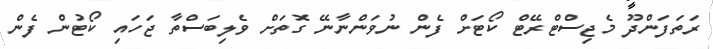
ރަތަފަންދޫ މެޖިސްޓްރޭޓް ކޯޓަށް ފެން ނުވަންނާނޭ ގޮތަށް ވެލިބަސްތާ ޖަހައި ކޯޓުން ފެން